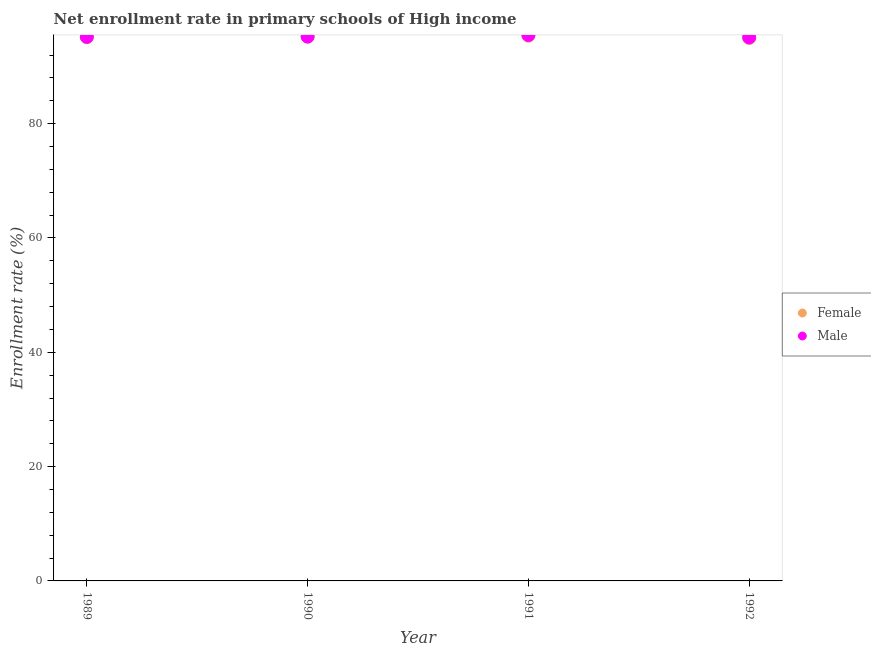
| Year | Female | Male |
 | --- | --- | --- |
 | 1989 | 95.1 | 95.2 |
 | 1990 | 95.2 | 95.2 |
 | 1991 | 95.4 | 95.5 |
 | 1992 | 95 | 95.1 |